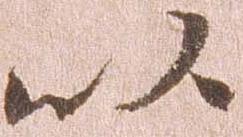
以